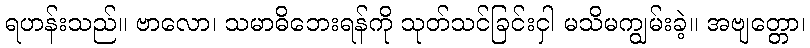
ရဟန်းသည်။ ဗာလော၊ သမာဓိဘေးရန်ကို သုတ်သင်ခြင်းငှါ မသိမကျွမ်းခဲ့။ အဗျတ္တော၊